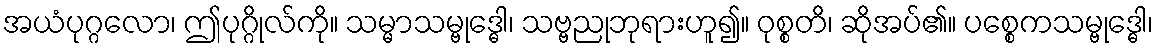
အယံပုဂ္ဂလော၊ ဤပုဂ္ဂိုလ်ကို။ သမ္မာသမ္ဗုဒ္ဓေါ၊ သဗ္ဗညုဘုရားဟူ၍။ ဝုစ္စတိ၊ ဆိုအပ်၏။ ပစ္စေကသမ္ဗုဒ္ဓေါ၊